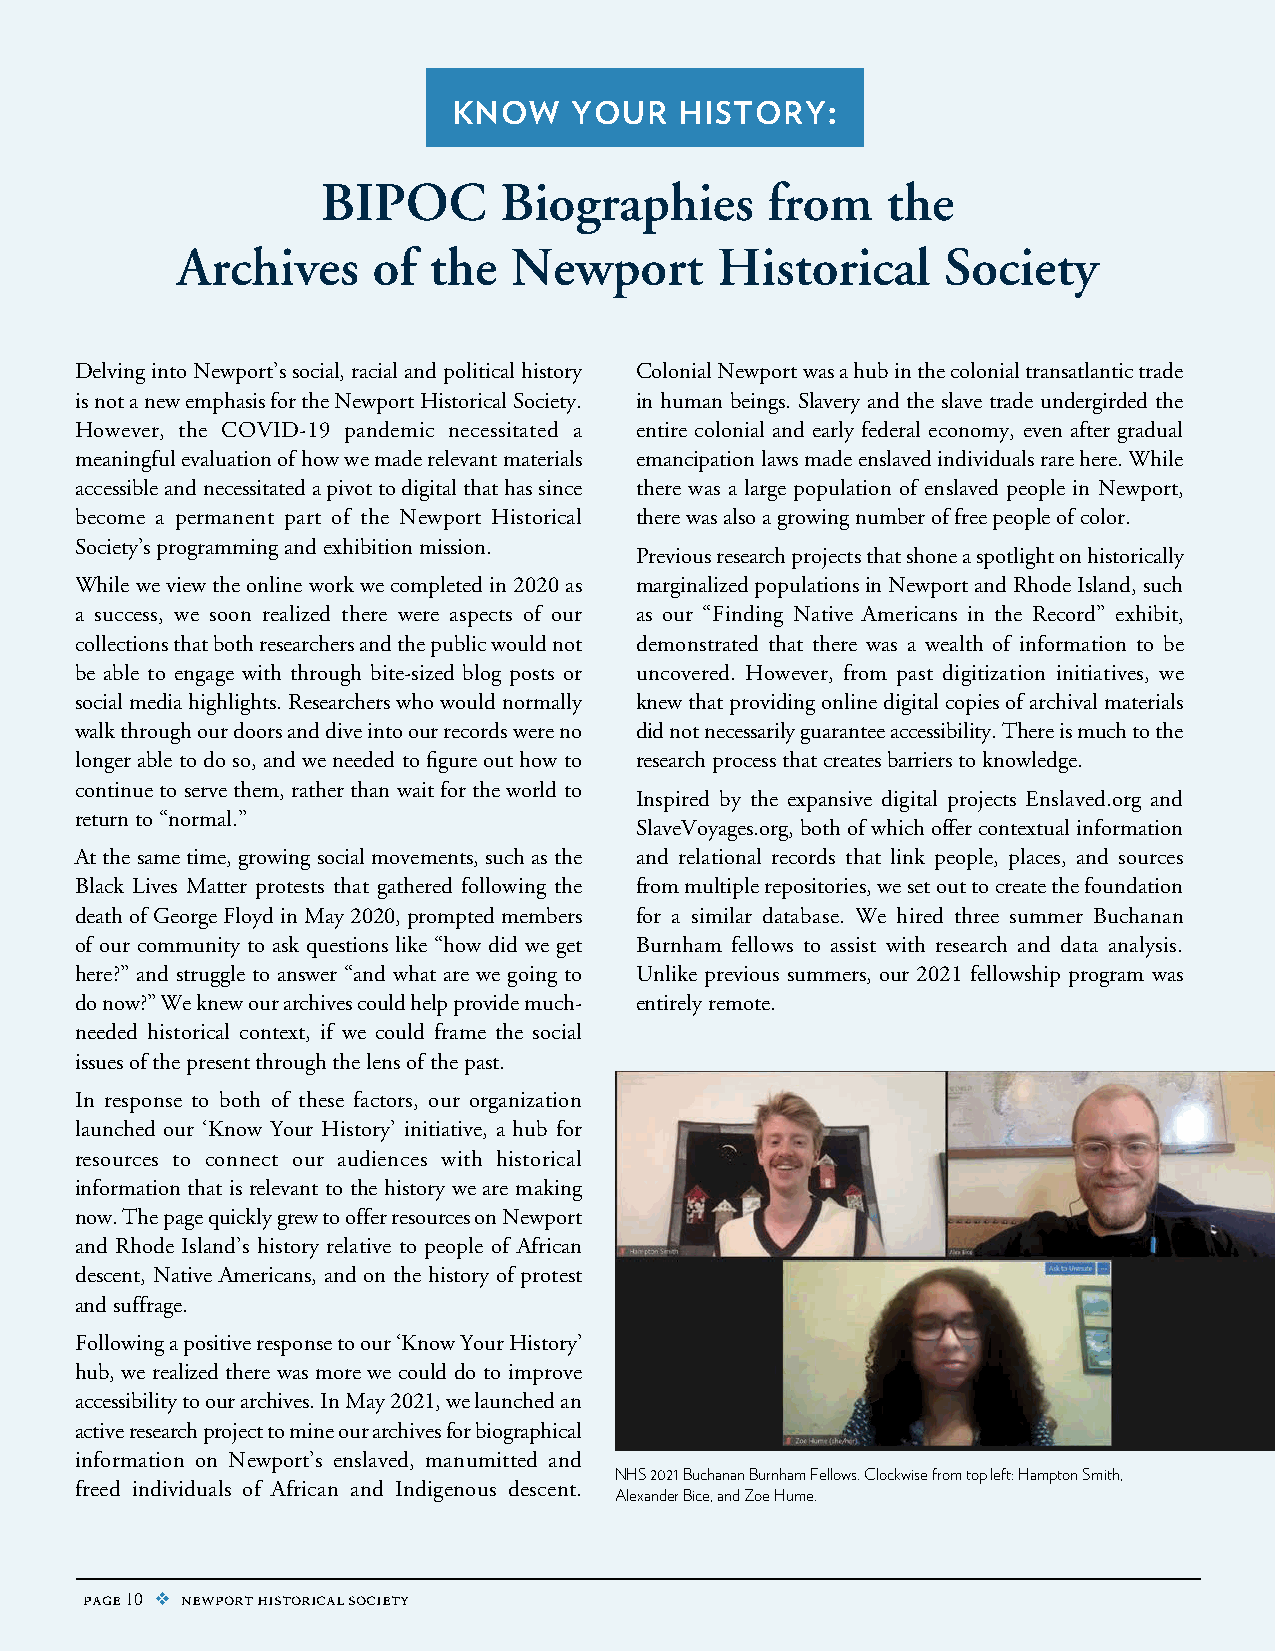
:
 know    your   history
 BIPOC       Biographies       from    the
 Archives     of the   Newport      Historical      Society
 Delving into Newport’s social, racial and political history Colonial Newport was a hub in the colonial transatlantic trade
 is not a new emphasis for the Newport Historical Society. in human beings. Slavery and the slave trade undergirded the
 However, the COVID-19 pandemic necessitated a entire colonial and early federal economy, even after gradual
 meaningful evaluation of how we made relevant materials emancipation laws made enslaved individuals rare here. While
 accessible and necessitated a pivot to digital that has since there was a large population of enslaved people in Newport,
 become a permanent part of the Newport Historical there was also a growing number of free people of color.
 Society’s programming and exhibition mission.
 Previous research projects that shone a spotlight on historically
 While we view the online work we completed in 2020 as marginalized populations in Newport and Rhode Island, such
 a success, we soon realized there were aspects of our as our “Finding Native Americans in the Record” exhibit,
 collections that both researchers and the public would not demonstrated that there was a wealth of information to be
 be able to engage with through bite-sized blog posts or uncovered. However, from past digitization initiatives, we
 social media highlights. Researchers who would normally knew that providing online digital copies of archival materials
 walk through our doors and dive into our records were no did not necessarily guarantee accessibility. There is much to the
 longer able to do so, and we needed to figure out how to research process that creates barriers to knowledge.
 continue to serve them, rather than wait for the world to
 Inspired by the expansive digital projects Enslaved.org and
 return to “normal.”
 SlaveVoyages.org, both of which offer contextual information
 At the same time, growing social movements, such as the and relational records that link people, places, and sources
 Black Lives Matter protests that gathered following the from multiple repositories, we set out to create the foundation
 death of George Floyd in May 2020, prompted members for a similar database. We hired three summer Buchanan
 of our community to ask questions like “how did we get Burnham fellows to assist with research and data analysis.
 here?” and struggle to answer “and what are we going to Unlike previous summers, our 2021 fellowship program was
 do now?” We knew our archives could help provide much- entirely remote.
 needed historical context, if we could frame the social
 issues of the present through the lens of the past.
 In response to both of these factors, our organization
 launched our ‘Know Your History’ initiative, a hub for
 resources to connect our audiences with historical
 information that is relevant to the history we are making
 now. The page quickly grew to offer resources on Newport
 and Rhode Island’s history relative to people of African
 descent, Native Americans, and on the history of protest
 and suffrage.
 Following a positive response to our ‘Know Your History’
 hub, we realized there was more we could do to improve
 accessibility to our archives. In May 2021, we launched an
 active research project to mine our archives for biographical
 information on Newport’s enslaved, manumitted and
 NHS 2021 Buchanan Burnham Fellows. Clockwise from top left: Hampton Smith,
 freed individuals of African and Indigenous descent.
 Alexander Bice, and Zoe Hume.
 page 10 v newport historical society